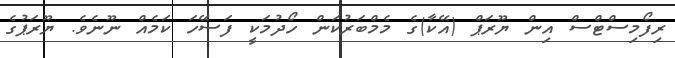
ރިފޯމިސްޓްސް އިން ޔޫރަޕް (އޭކާ)ގެ މެމްބަރުކަން ހޯދުމަކީ ފަސޭހަ ކަމެއް ނޫނެވެ. ޔޫރަޕުގެ